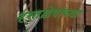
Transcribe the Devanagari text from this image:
हस्तक्षेपांच्या